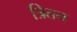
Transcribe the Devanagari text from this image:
त्रितय